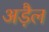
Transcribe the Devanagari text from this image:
अड़ैल